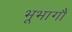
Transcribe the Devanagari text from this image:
भूभागौं